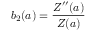
b _ { 2 } ( a ) = \frac { Z ^ { \prime \prime } ( a ) } { Z ( a ) }